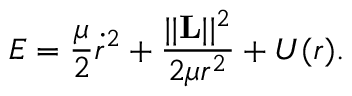
E = \frac { \mu } { 2 } \dot { r } ^ { 2 } + \frac { | | \mathbf { L } | | ^ { 2 } } { 2 \mu r ^ { 2 } } + U ( r ) .